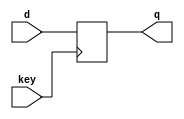
module D_FF (d, q, key);
	
	input d, key;
	output reg q;
	
	initial q = 1'b0;
	
	always @ (negedge key)
	begin
		q <= d;
	end

endmodule